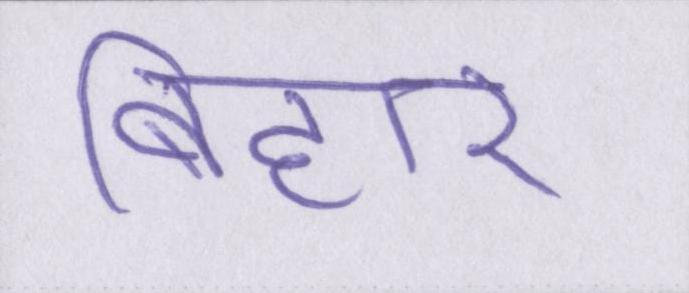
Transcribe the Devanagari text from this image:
बिहार